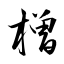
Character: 橧